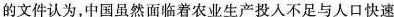
的文件认为，中国虽然面临着农业生产投入不足与人口快速